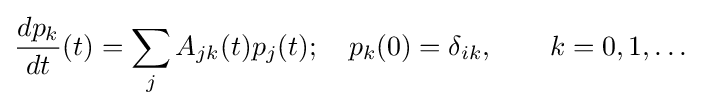
{\frac {dp_{k}}{dt}}(t)=\sum _{j}A_{jk}(t)p_{j}(t);\quad p_{k}(0)=\delta _{ik},\qquad k=0,1,\dots